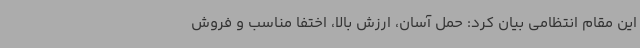
این مقام انتظامی بیان کرد: حمل آسان، ارزش بالا، ‌اختفا مناسب و فروش